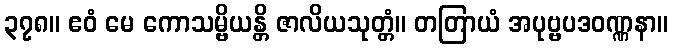
၃၇၈။ ဧဝံ မေ ကောသမ္ဗိယန္တိ ဇာလိယသုတ္တံ။ တတြာယံ အပုဗ္ဗပဒဝဏ္ဏနာ။